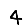
Digit: 4